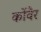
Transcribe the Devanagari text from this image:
कोंवैर